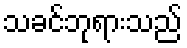
သခင်ဘုရားသည်